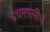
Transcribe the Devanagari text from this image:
प्रथमपत्नीचें